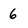
Character: 6